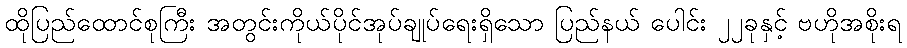
ထိုပြည်ထောင်စုကြီး အတွင်းကိုယ်ပိုင်အုပ်ချုပ်ရေးရှိသော ပြည်နယ် ပေါင်း ၂၂ခုနှင့် ဗဟိုအစိုးရ